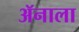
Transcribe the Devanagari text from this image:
ॲनाला